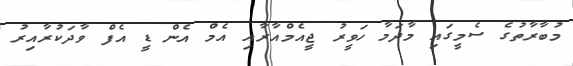
މުބާރާތުގެ ސެމީގައި މާދަމާ ހަވީރު ޖީއެމްއާރާއި އެމް އެން ޑީ އެފް ވާދަކުރާއިރު